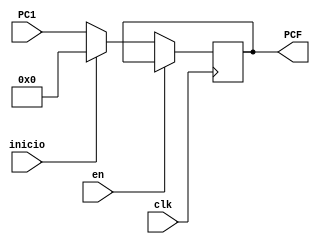
`timescale 1ns / 1ps
//////////////////////////////////////////////////////////////////////////////////
// Company: 
// Engineer: 
// 
// Design Name: 
// Module Name:    PC_REG 
// Project Name: 
// Target Devices: 
// Tool versions: 
// Description: 
//
// Dependencies: 
//
// Revision: 
// Revision 0.01 - File Created
// Additional Comments: 
//
//////////////////////////////////////////////////////////////////////////////////
module PC_REG(
	input clk,
	input wire en,
	input wire [8:0]PC1,
	input wire inicio,
	output reg [8:0]PCF
    );
	

always@(negedge clk)
begin
	if(en == 0)
	begin
		if(inicio == 1)
		begin
			PCF <= 0;
		end	
		else
		begin
			PCF <= PC1;
		end
	end
end



endmodule